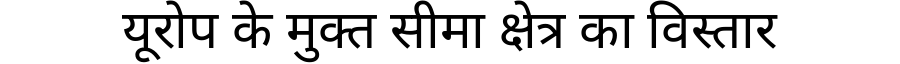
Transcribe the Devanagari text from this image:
यूरोप के मुक्त सीमा क्षेत्र का विस्तार